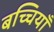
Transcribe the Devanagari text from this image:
बच्चियाँ